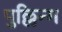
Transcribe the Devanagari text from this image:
पुल्लिन्ग